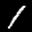
Label: 1